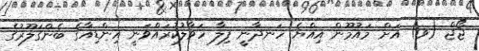
ޖޯޖް (ވ) އަށް މައުމޫން އިއްޔެ ހަނދާނީ ފިލާ ހަވާލުކުރައްވަނީ އިންޑިއާގެ ބެންގަލޫރުގެ